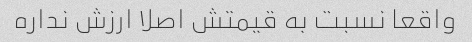
واقعا نسبت به قیمتش اصلا ارزش نداره